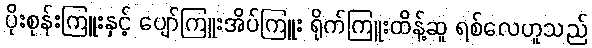
ပိုးစုန်းကြူးနှင့် ပျော်ကြူးအိပ်ကြူး ရိုက်ကြူးထိန့်ဆူ ရစ်လေဟူသည်